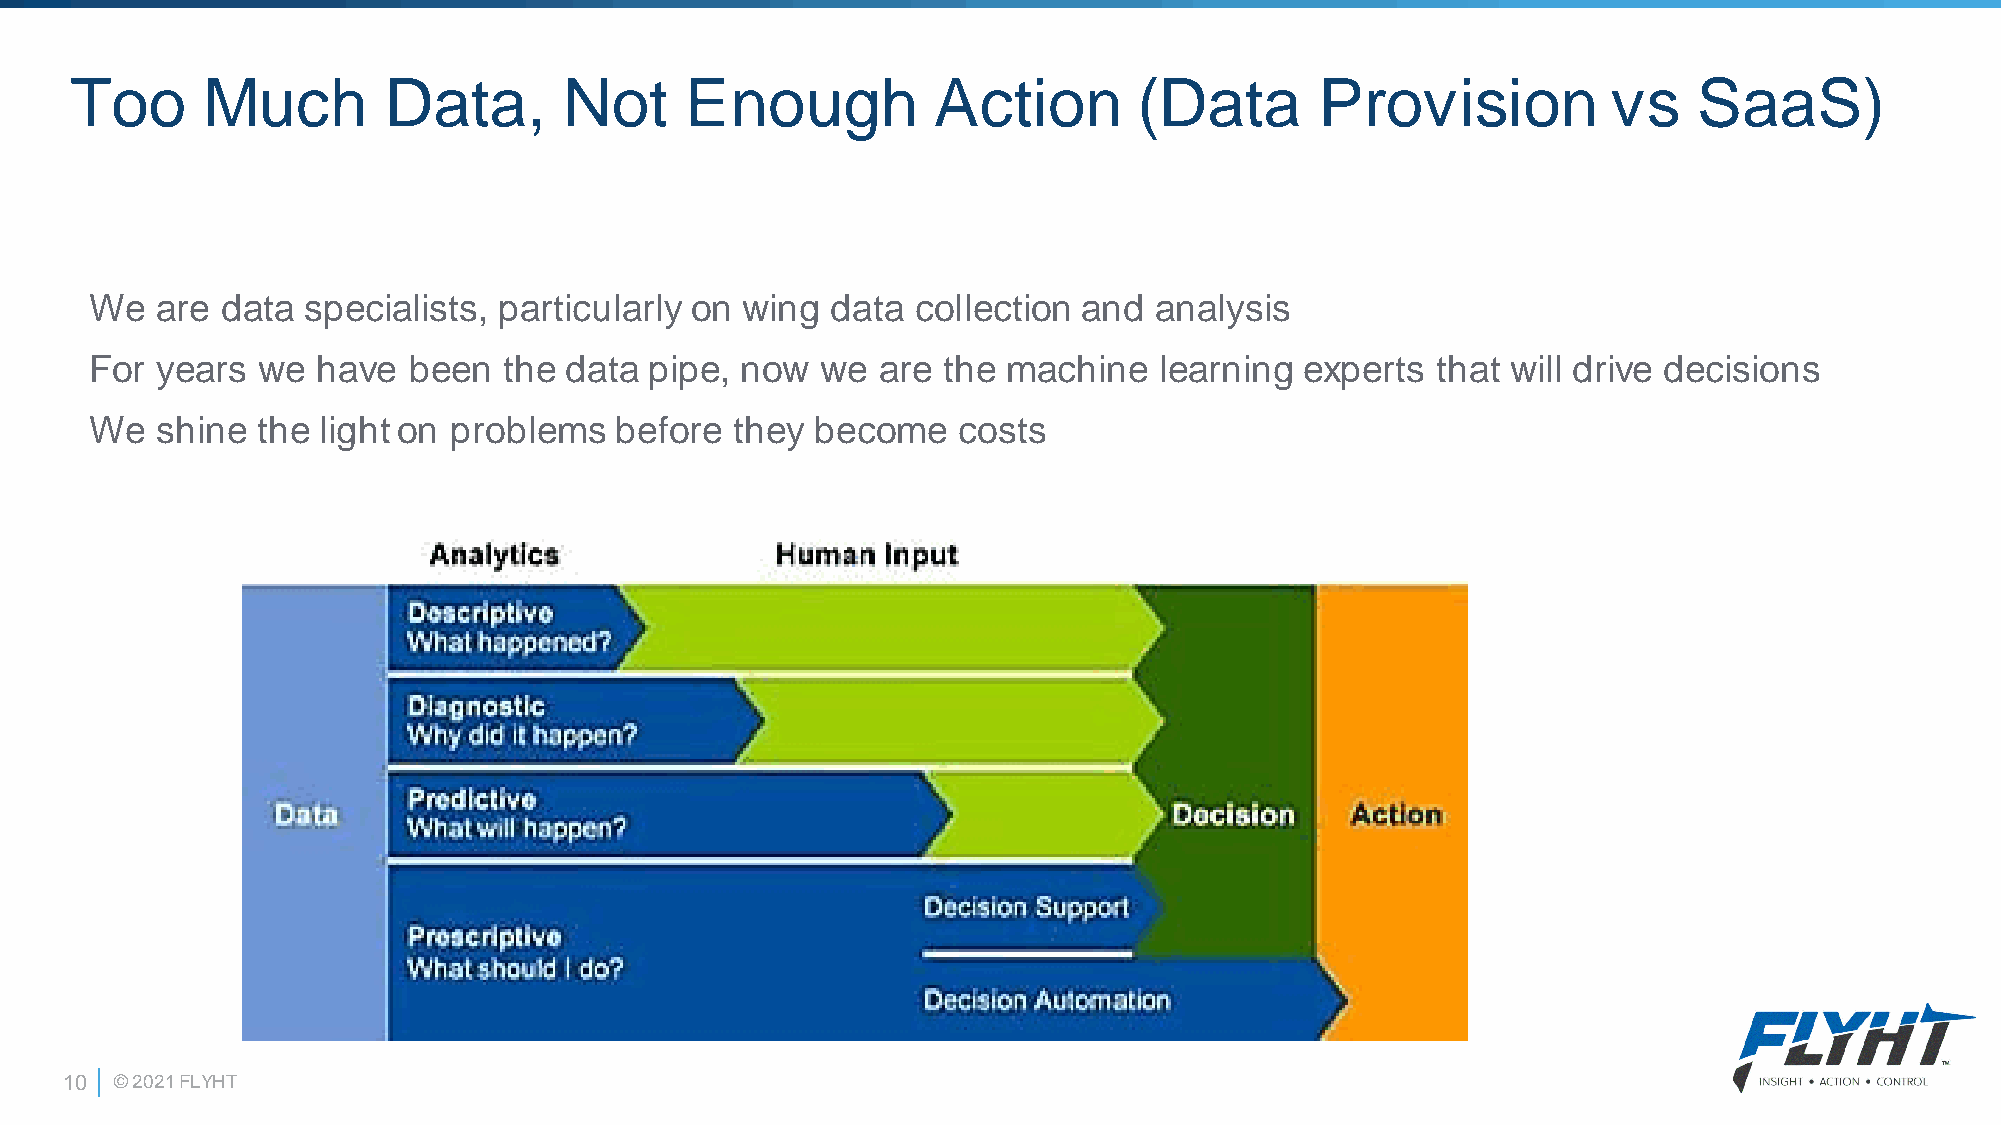
Too     Much        Data,       Not     Enough           Action       (Data       Provision           vs   SaaS)
 We  are  data specialists, particularly on wing  data  collection and analysis
 For years  we  have  been  the data  pipe, now  we  are the  machine   learning experts  that will drive decisions
 We  shine  the light on problems   before  they become   costs
 10  © 2021 FLYHT